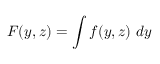
F ( y , z ) = \int f ( y , z ) ~ d y